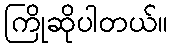
ကြိုဆိုပါတယ်။